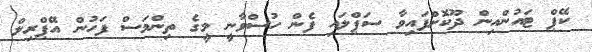
ކޭޕް ޓައުންއިން ދޫކޮށްފައިވާ ސަޕްލައި ފެން ހުސްވާނީ މީގެ ތިންމަސް ފަހުން އޭޕްރިލް